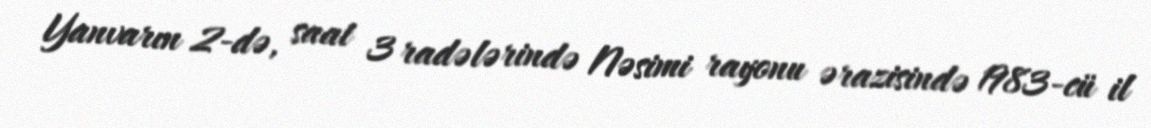
Yanvarın 2-də, saat 3 radələrində Nəsimi rayonu ərazisində 1983-cü il